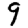
Digit: 9